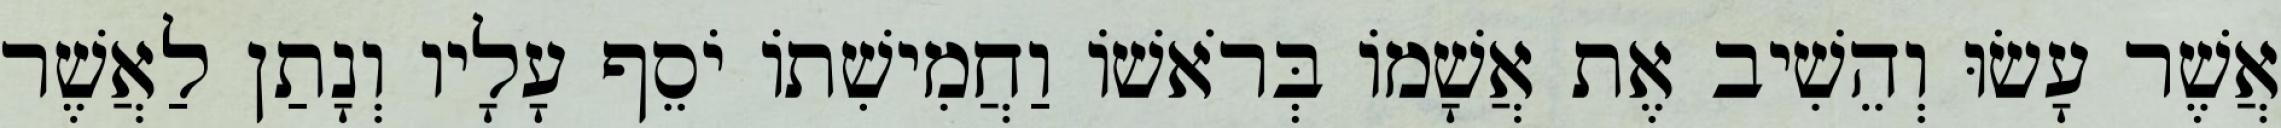
אֲשֶׁר עָשׂוּ וְהֵשִׁיב אֶת אֲשָׁמוֹ בְּרֹאשׁוֹ וַחֲמִישִׁתוֹ יֹסֵף עָלָיו וְנָתַן לַאֲשֶׁר